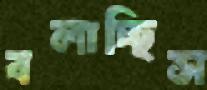
বলাচ্ছিস